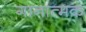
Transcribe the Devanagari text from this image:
गानात्मक